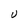
Character: U